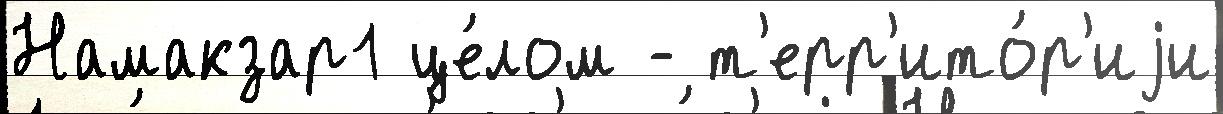
Намакзар1 це́лом - т'ерр'ито́р'иjи